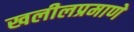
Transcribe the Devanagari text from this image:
खलीलप्रमाणे